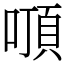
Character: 𠽒